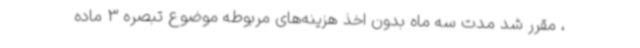
، مقرر شد مدت سه ماه بدون اخذ هزینه‌های مربوطه موضوع تبصره 3 ماده